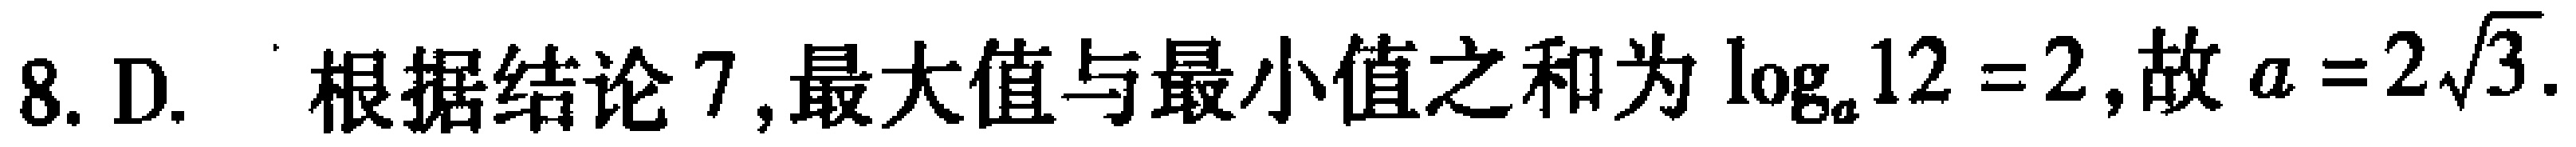
8. D. 根据结论7,最大值与最小值之和为\(\log_{a}12 = 2\),故\(a = 2\sqrt{3}\).